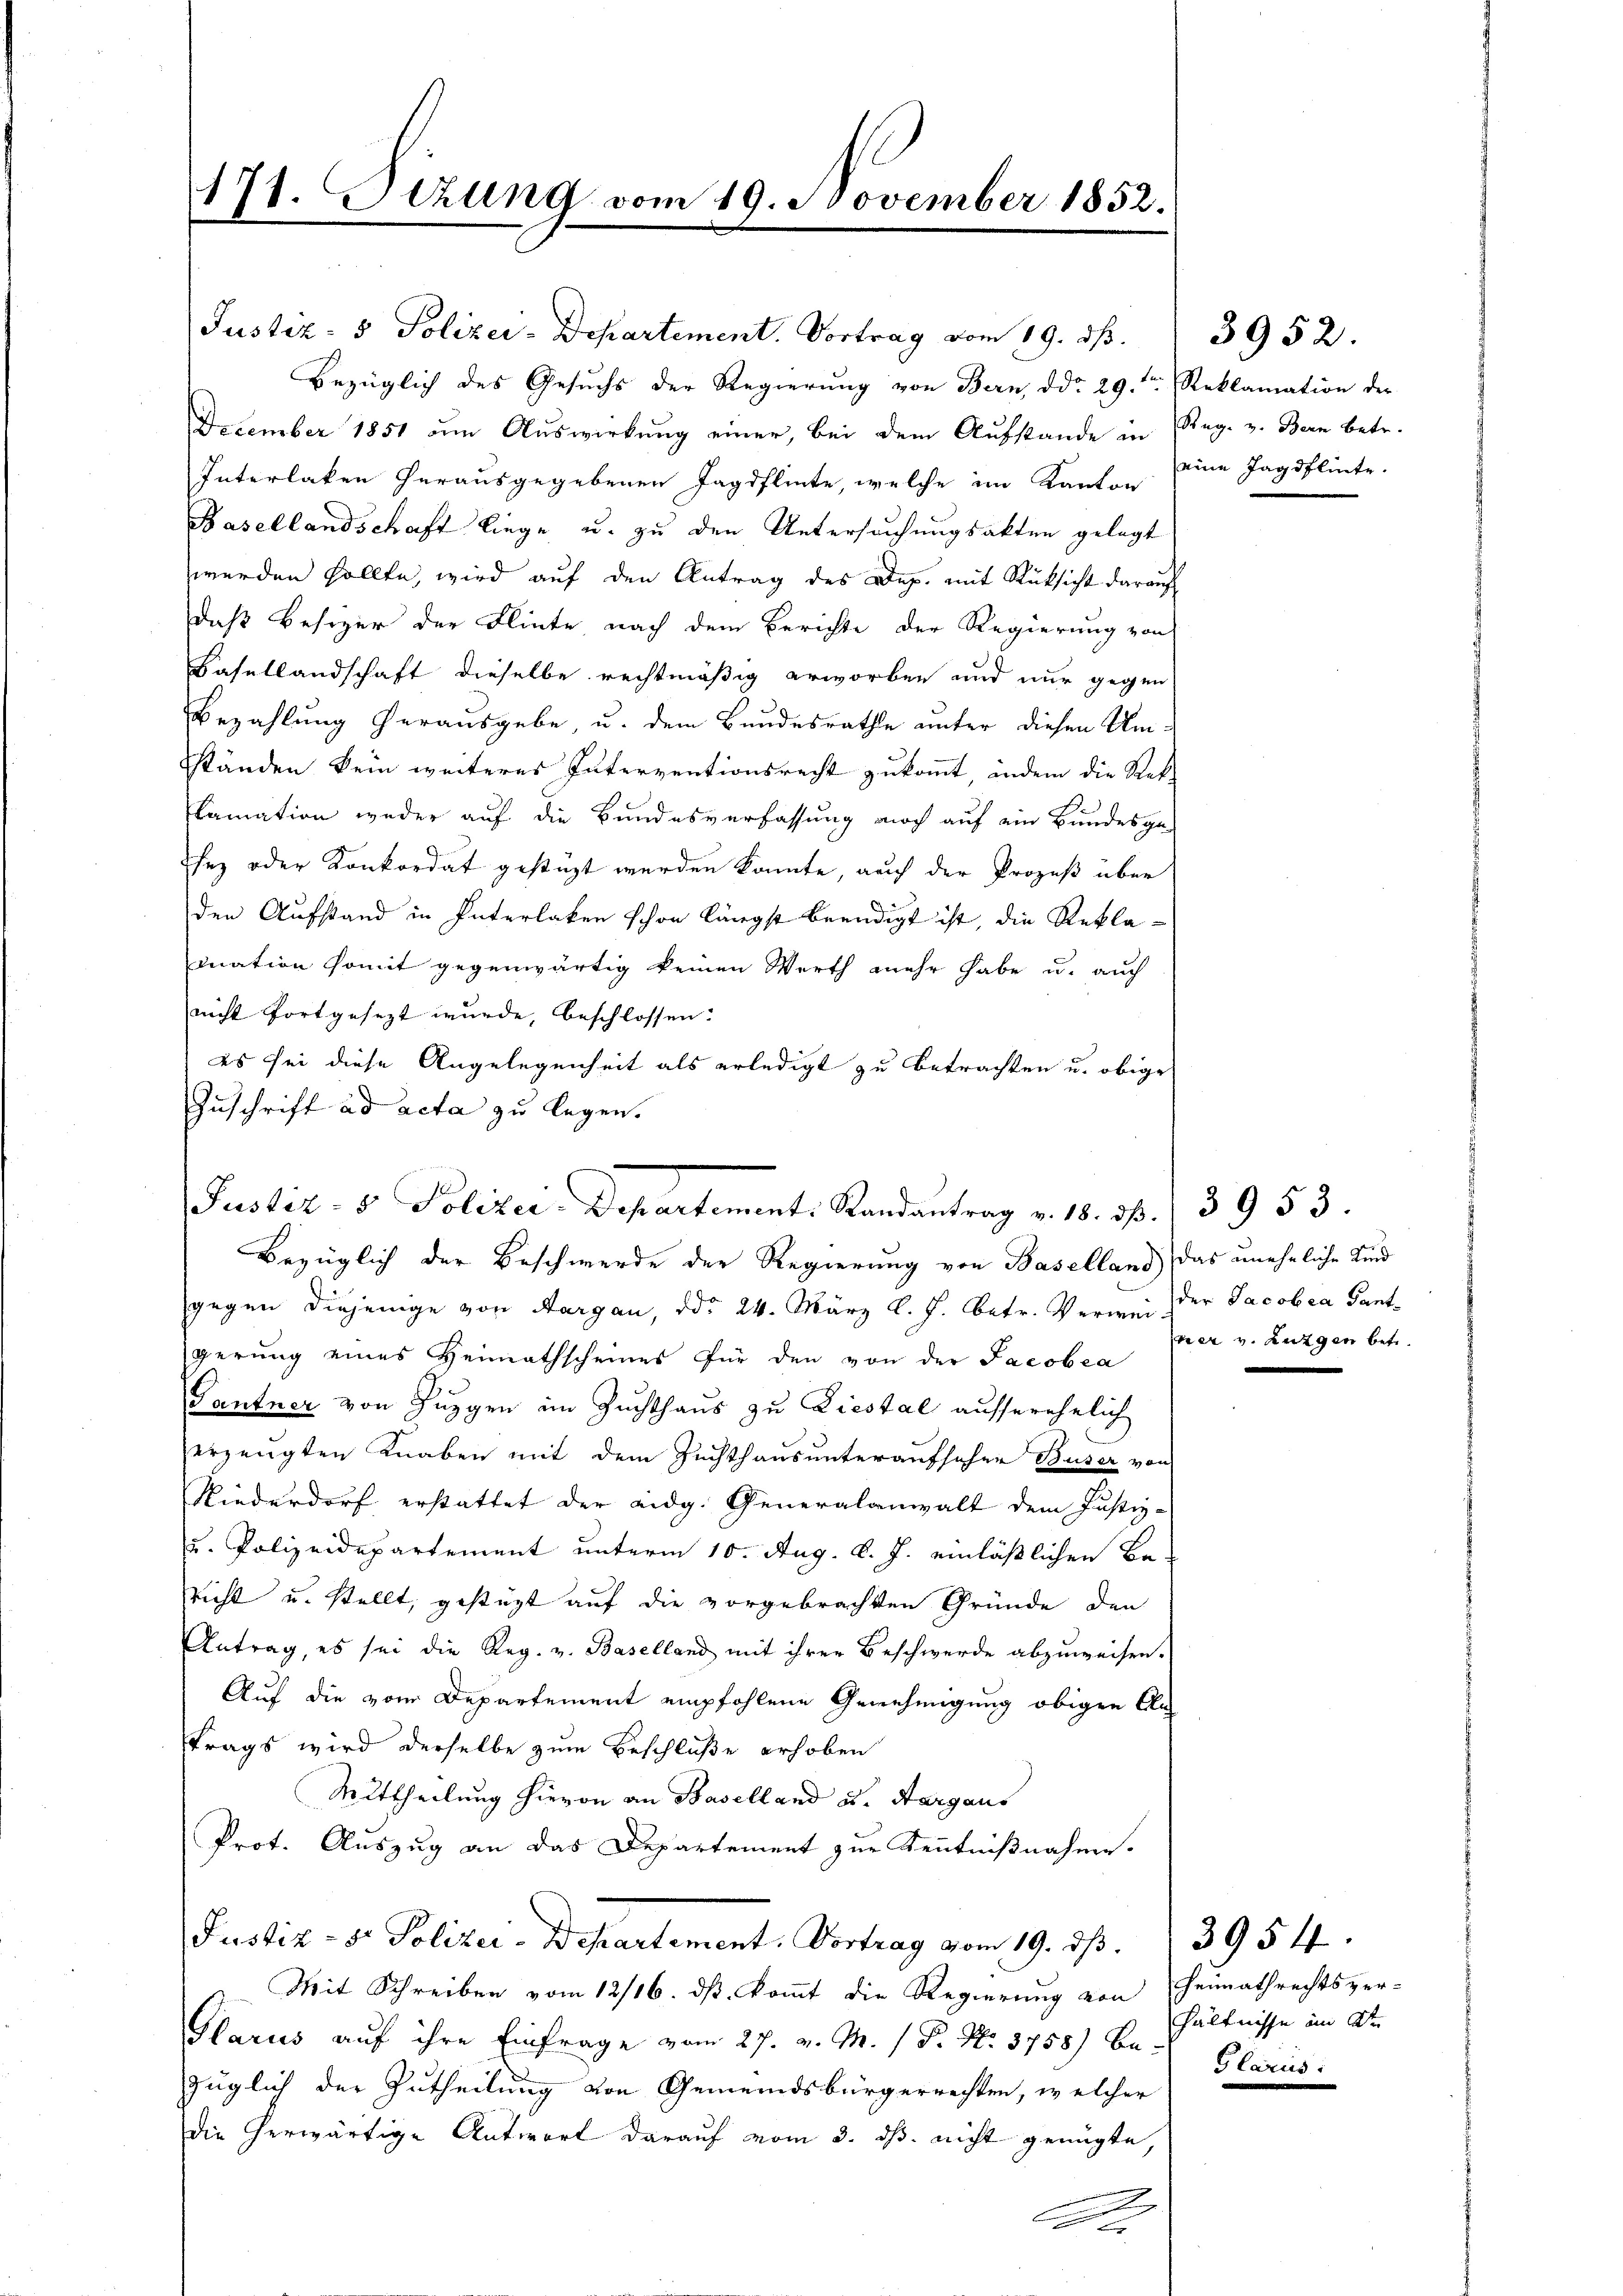
171. Btzung vom 19. November 1852.

Bezüglich des Gesuchs der Regierŭng von Bern, ddo 29.ten Reklamation der
December 1851 um Auswirkung einer, bei dem Aufstande in Reg. v. Bern betr.
Interlaken herausgegebenen Jagdflinte, welche im Kanton
Basellandschaft liege u. zu den Untersuchungsakten gelegt
werden sollte, wird auf den Antrag des Dep. mit Rücksicht darauf
daß Besizer der Flinte nach dem Berichte der Regierung von
Basellandschaft dieselbe rechtmäßig erworben und nur gegen
Bezahlung herausgebe, u. dem Bundesrathe unter diesen Umständen kein weiteres Interventionsrecht zukommt, indern die Rek
lamation weder auf die Bundesverfassung noch auf ein Bundesge-
sey oder Konkordat gestüzt werden könnte, auch der Prozeß über
den Aufstand in Interlaken schon längst beendigt ist, die Reklamnation somit gegenwärtig keinen Werth mehr habe u. auch
nicht fortgesezt wurde, beschlossen:
es sei diese Angelegenheit als erledigt zu betrachten u. obige
Zuschrift ad acta zu legen.

Justiz- & Polizei-Departement: Randantrag v. 18. d. 13953.

Justiz- & Polizei-Departement. Vortrag vom 19. dß.

Bezüglich der Beschwerde der Regierung von Baselland) das unehrliche Kind
gegen diejenige von Aargau, ddo 24. März l. J. betr. Verweider Jacobea Gantgerung eines Heimathscheines für den von der Jacobea
Gantner von Zuggen im Zuchthaus zu Liestal ausserehelich
erzeugten Knaben mit dem Zuchthausunteraufsehen Buser von
Niederdorf erstattet der eidg. Generalanwalt dem Justiz-
u. Polizeidepartement unterm 10. Aug. d. J. einläßlichen Bericht u. stellt, gestüzt auf die vorgebrachten Gründe den
Antrag, es sei die Reg. v. Baselland mit ihrer Beschwerde abzuweisen.
Auf die vom Departement empfohlene Genehmigung obigen An
trags wird derselbe zum Beschluße erhoben
Mittheilung hievon an Baselland u. Aargaus
Prot. Auszug an das Departement zur Kenntnißnahme.
Justiz- & Polizei-Departement. Vortrag vom 19. dβ. 3954.
Mit Schreiben vom 12/16. dß. kommt die Regierung von Heimathrechtsver-
Glarus auf ihre Einfrage vom 27. v. M. P. Nr. 3758) Bezüglich der Zutheilung von Gemeindsbürgerrechten, welcher
die herwärtige Antwort darauf vom 3. ds. nicht genügte,
Re

eine Jagdflinte.

ner v. Lungen betr.

3952.

hältnisse an de
Glarus: